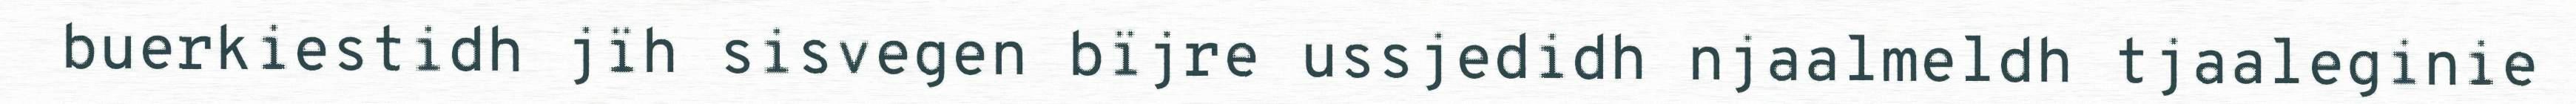
buerkiestidh jïh sisvegen bïjre ussjedidh njaalmeldh tjaaleginie